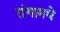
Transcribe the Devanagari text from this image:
रांगामधे